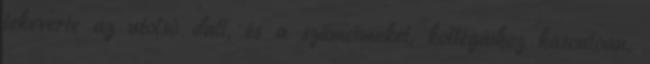
lekeverte az utolsó dalt, és a számcímeket, kollégáihoz hasonlóan,